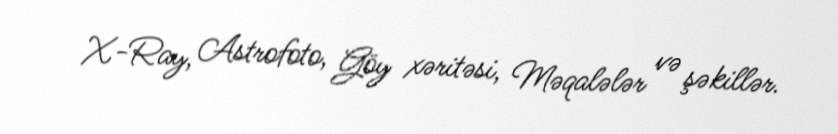
X-Ray, Astrofoto, Göy xəritəsi, Məqalələr və şəkillər.